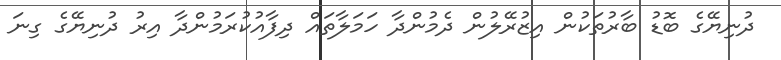
ދުނިޔޭގެ ބޮޑު ބާރުތަކުން އިޒުރޭލުން ދެމުންދާ ހަމަލާތައް ދިފާއުކުރަމުންދާ އިރު ދުނިޔޭގެ ގިނަ